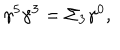
\gamma ^ { 5 } \gamma ^ { 3 } = \Sigma _ { 3 } \gamma ^ { 0 } ,